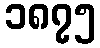
၁၈၇၅